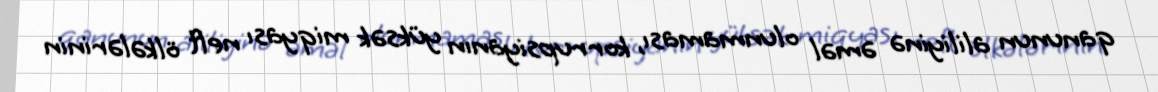
qanunun aliliyinə əməl olunmaması, korrupsiyanın yüksək miqyası neft ölkələrinin